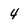
Character: 4